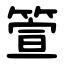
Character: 箮